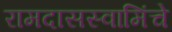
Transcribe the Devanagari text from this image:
रामदासस्वामिंचे